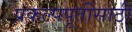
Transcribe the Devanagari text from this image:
प्रकल्पपूर्तीसाठी